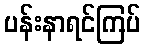
ပန်းနာရင်ကြပ်